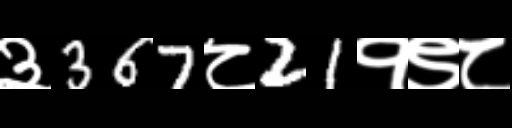
Text: ३367८21१९८